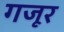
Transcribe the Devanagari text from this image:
गजूर